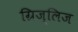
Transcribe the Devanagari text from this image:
ग्रिज्लिज